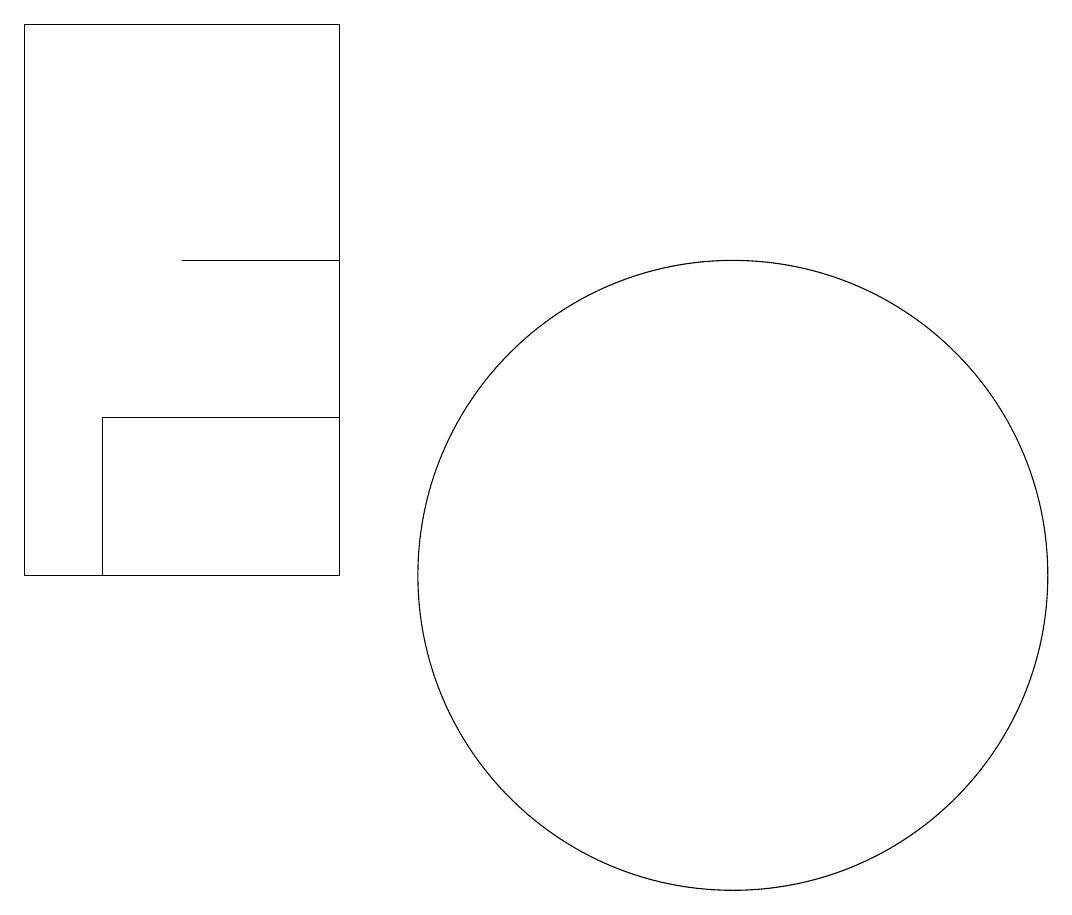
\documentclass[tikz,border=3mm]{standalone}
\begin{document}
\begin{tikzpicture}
\draw (4,15) rectangle (6,15);
\draw (11,11) circle (4);
\draw (2,18) rectangle (6,11);
\draw (10,12) circle (0);
\draw (6,11) rectangle (3,13);
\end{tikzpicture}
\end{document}